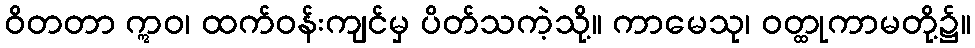
ဝိတတာ ဣဝ၊ ထက်ဝန်းကျင်မှ ပိတ်သကဲ့သို့။ ကာမေသု၊ ဝတ္ထုကာမတို့၌။